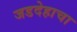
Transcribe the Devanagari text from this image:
जडदेहाचा